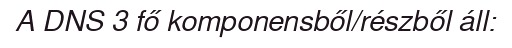
A DNS 3 fő komponensből/részből áll: